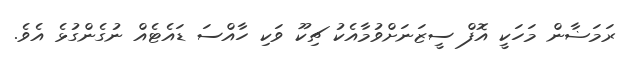
ރަމަޟާން މަހަކީ އޮފް ސީޒަނަށްވުމާއެކު ޗިކޫ ވަކި ހާއްސަ ޑައެޓެއް ނުގެންގުޅެ އެވެ.